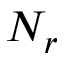
N _ { r }